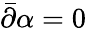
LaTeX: {\bar{\partial}}\alpha=0